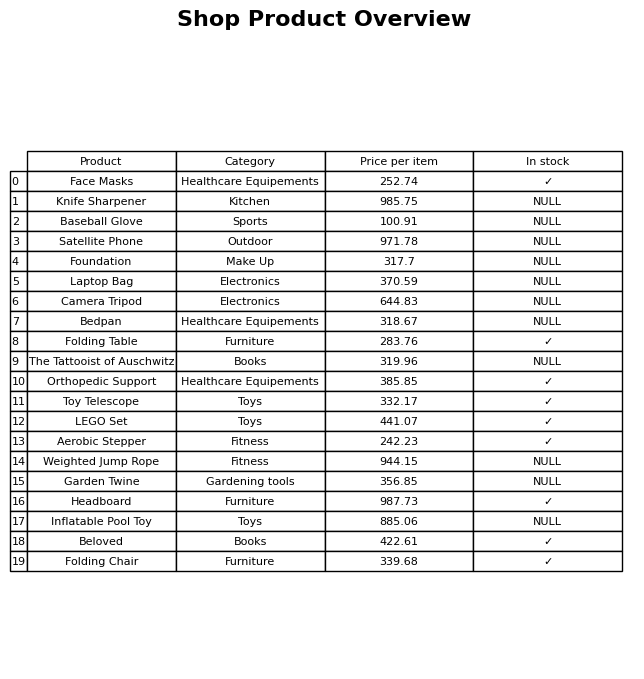
question: What is the price of the Garden Twine?
answer: The price of Garden Twine is 356.85.